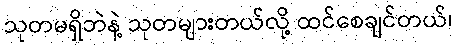
သုတမရှိဘဲနဲ့ သုတများတယ်လို့ ထင်စေချင်တယ်၊